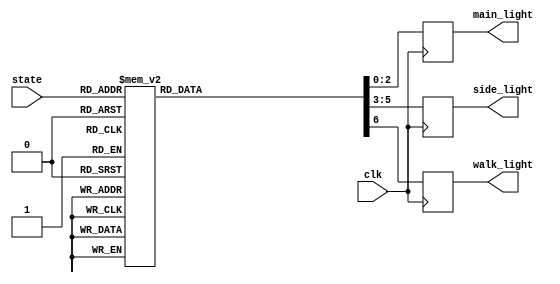
module state_to_light(clk, state, main_light, side_light, walk_light);

input[2:0] state;
input clk;
output reg[2:0] main_light, side_light;
output reg walk_light;


// 000 m-g, s-r, 6sec --> 001 [sensor-1] / 010 [sensor-0] {counter -> 6}
// 001 m-g, s-r, 3sec --> 011 {counter ->3}
// 010 m-g, s-r, 6sec --> 011 {counter -> 6}

// 011 m-y, s-r, 2sec --> 100 [walk-0] / 111 [walk-1] {counter -> 2}

// 100 m-r, s-g, 6sec --> 101 [sensor-1 ]/ 110 [sensor-0] {counter -> 6}
// 101 m-r, s-g, 3sec --> 110 {counter ->3}

// 110 m-r, s-y, 2sec --> 000 {counter ->2}

// 111 m-r, s-r, w-o, 3sec --> 100 {counter -> 3}

// green: 001
// yellow: 010
// red: 100

always @ (posedge clk) begin
    case (state)
        3'b000, 3'b001, 3'b010:     // m-g, s-r
        begin       
            main_light <= 3'b001;
            side_light <= 3'b100;
            walk_light <= 1'b0;
        end
        
        3'b011:      // m-y, s-r
        begin   
            main_light <= 3'b010;
            side_light <= 3'b100;
            walk_light <= 1'b0;
        end
        
        3'b100, 3'b101:     // m-r, s-g
        begin
            main_light <= 3'b100;
            side_light <= 3'b001;
            walk_light <= 1'b0;
        end
        
        3'b110:     // m-r, s-y
        begin
            main_light <= 3'b100;
            side_light <= 3'b010;
            walk_light <= 1'b0; 
        end
        
        3'b111:     // m-r, s-r, w-o
        begin
            main_light <= 3'b100;
            side_light <= 3'b100;
            walk_light <= 1'b1;
        end
    endcase
end

endmodule